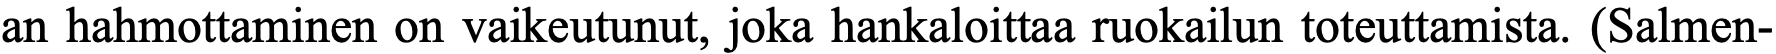
an hahmottaminen on vaikeutunut, joka hankaloittaa ruokailun toteuttamista. (Salmen-